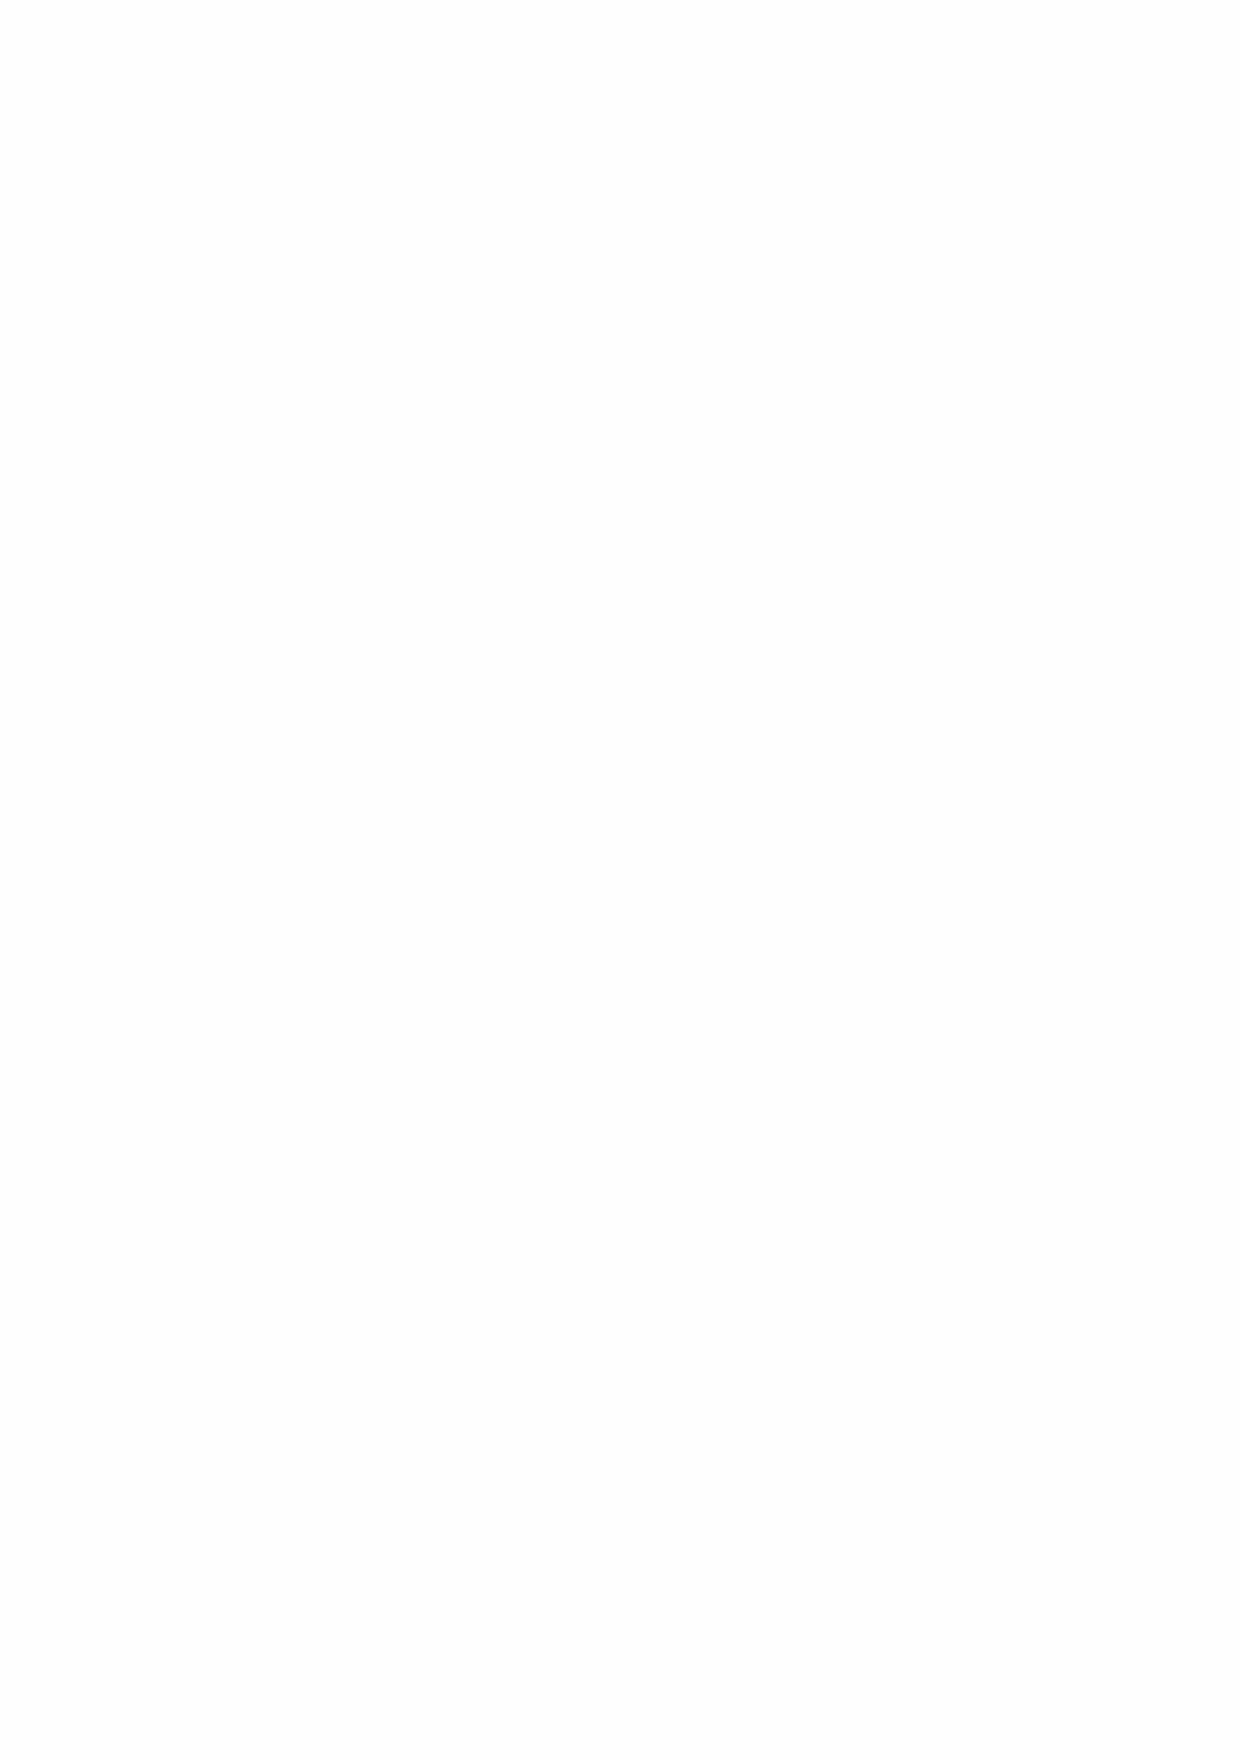
historic importance to Greenwich Hospital’s legacy, there is no specific economic benefit to be
 derived from them.
 The assets included within these accounts relate solely to those insured by Greenwich Hospital.
 In the event of their destruction, they would give rise to an economic benefit, and as such have
 been capitalised at the insured value. For the purpose of insurance, these assets were valued at
 various dates mainly in 2014 by Townleys and 2012 by Sothebys. These valuations have been
 taken as their fair value at the time of recognition and have been considered deemed cost going
 forwards in line with the accounting policy.
 Restated
 Group and Charity         2020      2019    2018      2017
 £m        £m      £m         £m
 Value at 1 September 2019  2.6      0.8      0.8       0.8
 Additions                  0.3      1.8       -          -
 Value at 31 August 2020    2.9      2.6      0.8       0.8
 The table below shows the location and nature of the heritage assets.
 GH Headquarters Martindale National ORNC RHS Trafalgar Quarters Total
 Storage Maritime
 Museum
 American Art                         1                       1
 Arms, Armour and Militaria          29    1    6             36
 Clocks                   1           2         2             5
 Collectors Items         1          90    2   14            107
 Furniture and Furnishings 1    10        34    7             52
 Lithographs and Engravings                1    1             2
 Manuscripts              1          13    1    2             17
 Measures                 1                                   1
 Medals                              14                       14
 Miniatures and Vertu     1           5                       6
 Picture - Oil on canvas  6           7    3    4        2    22
 Picture - print and drawings 1                               1
 Picture - Watercolour    2                     1             3
 Pictures                 1          231   6   28        6   272
 Printed Material                          1                  1
 Sculpture                                 3                  3
 Sculpture and Works of Art          23    1    1             25
 Ships Model                                    1             1
 Silver and Plated Wares             51   35   16            102
 Tribal Art                          26                       26
 Total             16    10   492  88   83        8   697
 58